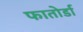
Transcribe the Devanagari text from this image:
फातोर्डा